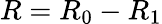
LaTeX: R=R_{0}-R_{1}